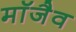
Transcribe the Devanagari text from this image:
माॅजैव